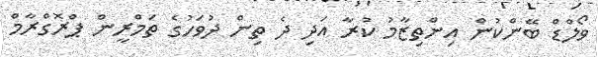
ވޯލްޑް ބޭންކުން އިންތިޒާމު ކުރާ އަދި ދެ ތިން ދުވަހުގެ ތަމްރީން ޕްރޮގްރާމް